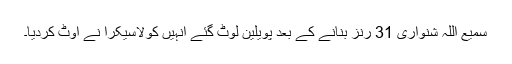
سمیع اللہ شنواری 31 رنز بنانے کے بعد پویلین لوٹ گئے انہیں کولاسیکرا نے آؤٹ کردیا۔